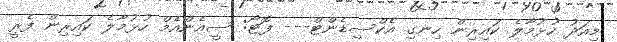
މިއަދު ހުޅުމާލެ ކައިރިން ހިނގި އެކްސިޑެންޓް--- ފޮޓޯ: ސީއެންއެމް ހުޅުމާލެެ ކައިރިން ފެރީ